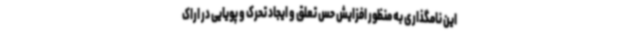
این نامگذاری به منظور افزایش حس تعلق و ایجاد تحرک و پویایی در اراک